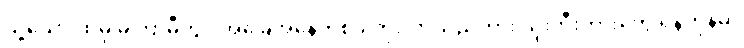
သို့သော် ထိုမှ မကြာမီတွင် အခြေအနေတစ်ခု တိုးလာသည်ကား သုံးဘီးကားတွေ ရန်ကုန်မှာ